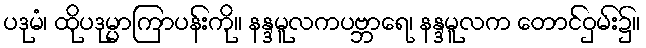
ပဒုမံ၊ ထိုပဒုမ္မာကြာပန်းကို။ နန္ဒမူလကပဗ္ဘာရေ၊ နန္ဒမူလက တောင်ဝှမ်း၌။